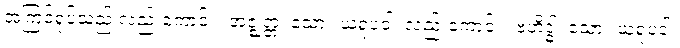
အကြင်ရုပ်သည် လည်းကောင်း။ အဇ္ဈတ္တံ၊ သော။ ယံရူပံဝါ၊ လည်းကောင်း။ ဗဟိဒ္ဓါ၊ သော။ ယံရူပံဝါ၊